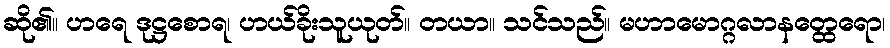
ဆို၏။ ဟရေ ဒုဋ္ဌစောရ၊ ဟယ်ခိုးသူယုတ်။ တယာ။ သင်သည်။ မဟာမောဂ္ဂလာနတ္ထေရော၊